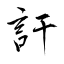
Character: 訐